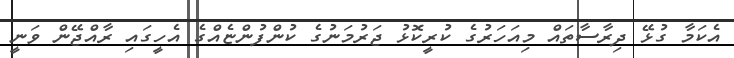
އެކަމާ ގުޅޭ ދިރާސާތައް މިއަހަރުގެ ކުރީކޮޅު ޖަރުމަނުގެ ކުންފުންޏެއްގެ އެހީގައި ރާއްޖޭން ވަނީ